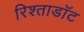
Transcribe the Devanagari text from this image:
रिश्ताडॉट